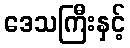
ဒေသကြီးနှင့်